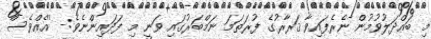
މި ބައްދަލުވުމުން ނެރެފައިވާ ޤަރާރުގެ ފުރަތަމަ ނަމްބަރުގައި ވަނީ މި ފަދައިންނެވެ:- ''އެއްވެސް